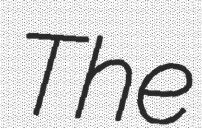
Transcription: The